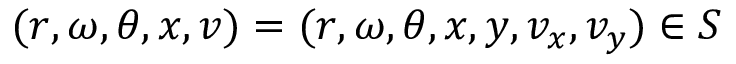
( r , \omega , \theta , \boldsymbol { x } , \boldsymbol { v } ) = ( r , \omega , \theta , x , y , v _ { x } , v _ { y } ) \in S